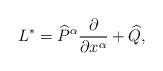
LaTeX: \begin{align*}L^*=\widehat P^\alpha\frac\partial{\partial x^\alpha}+\widehat Q,\end{align*}